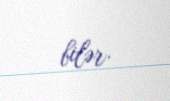
bilər.